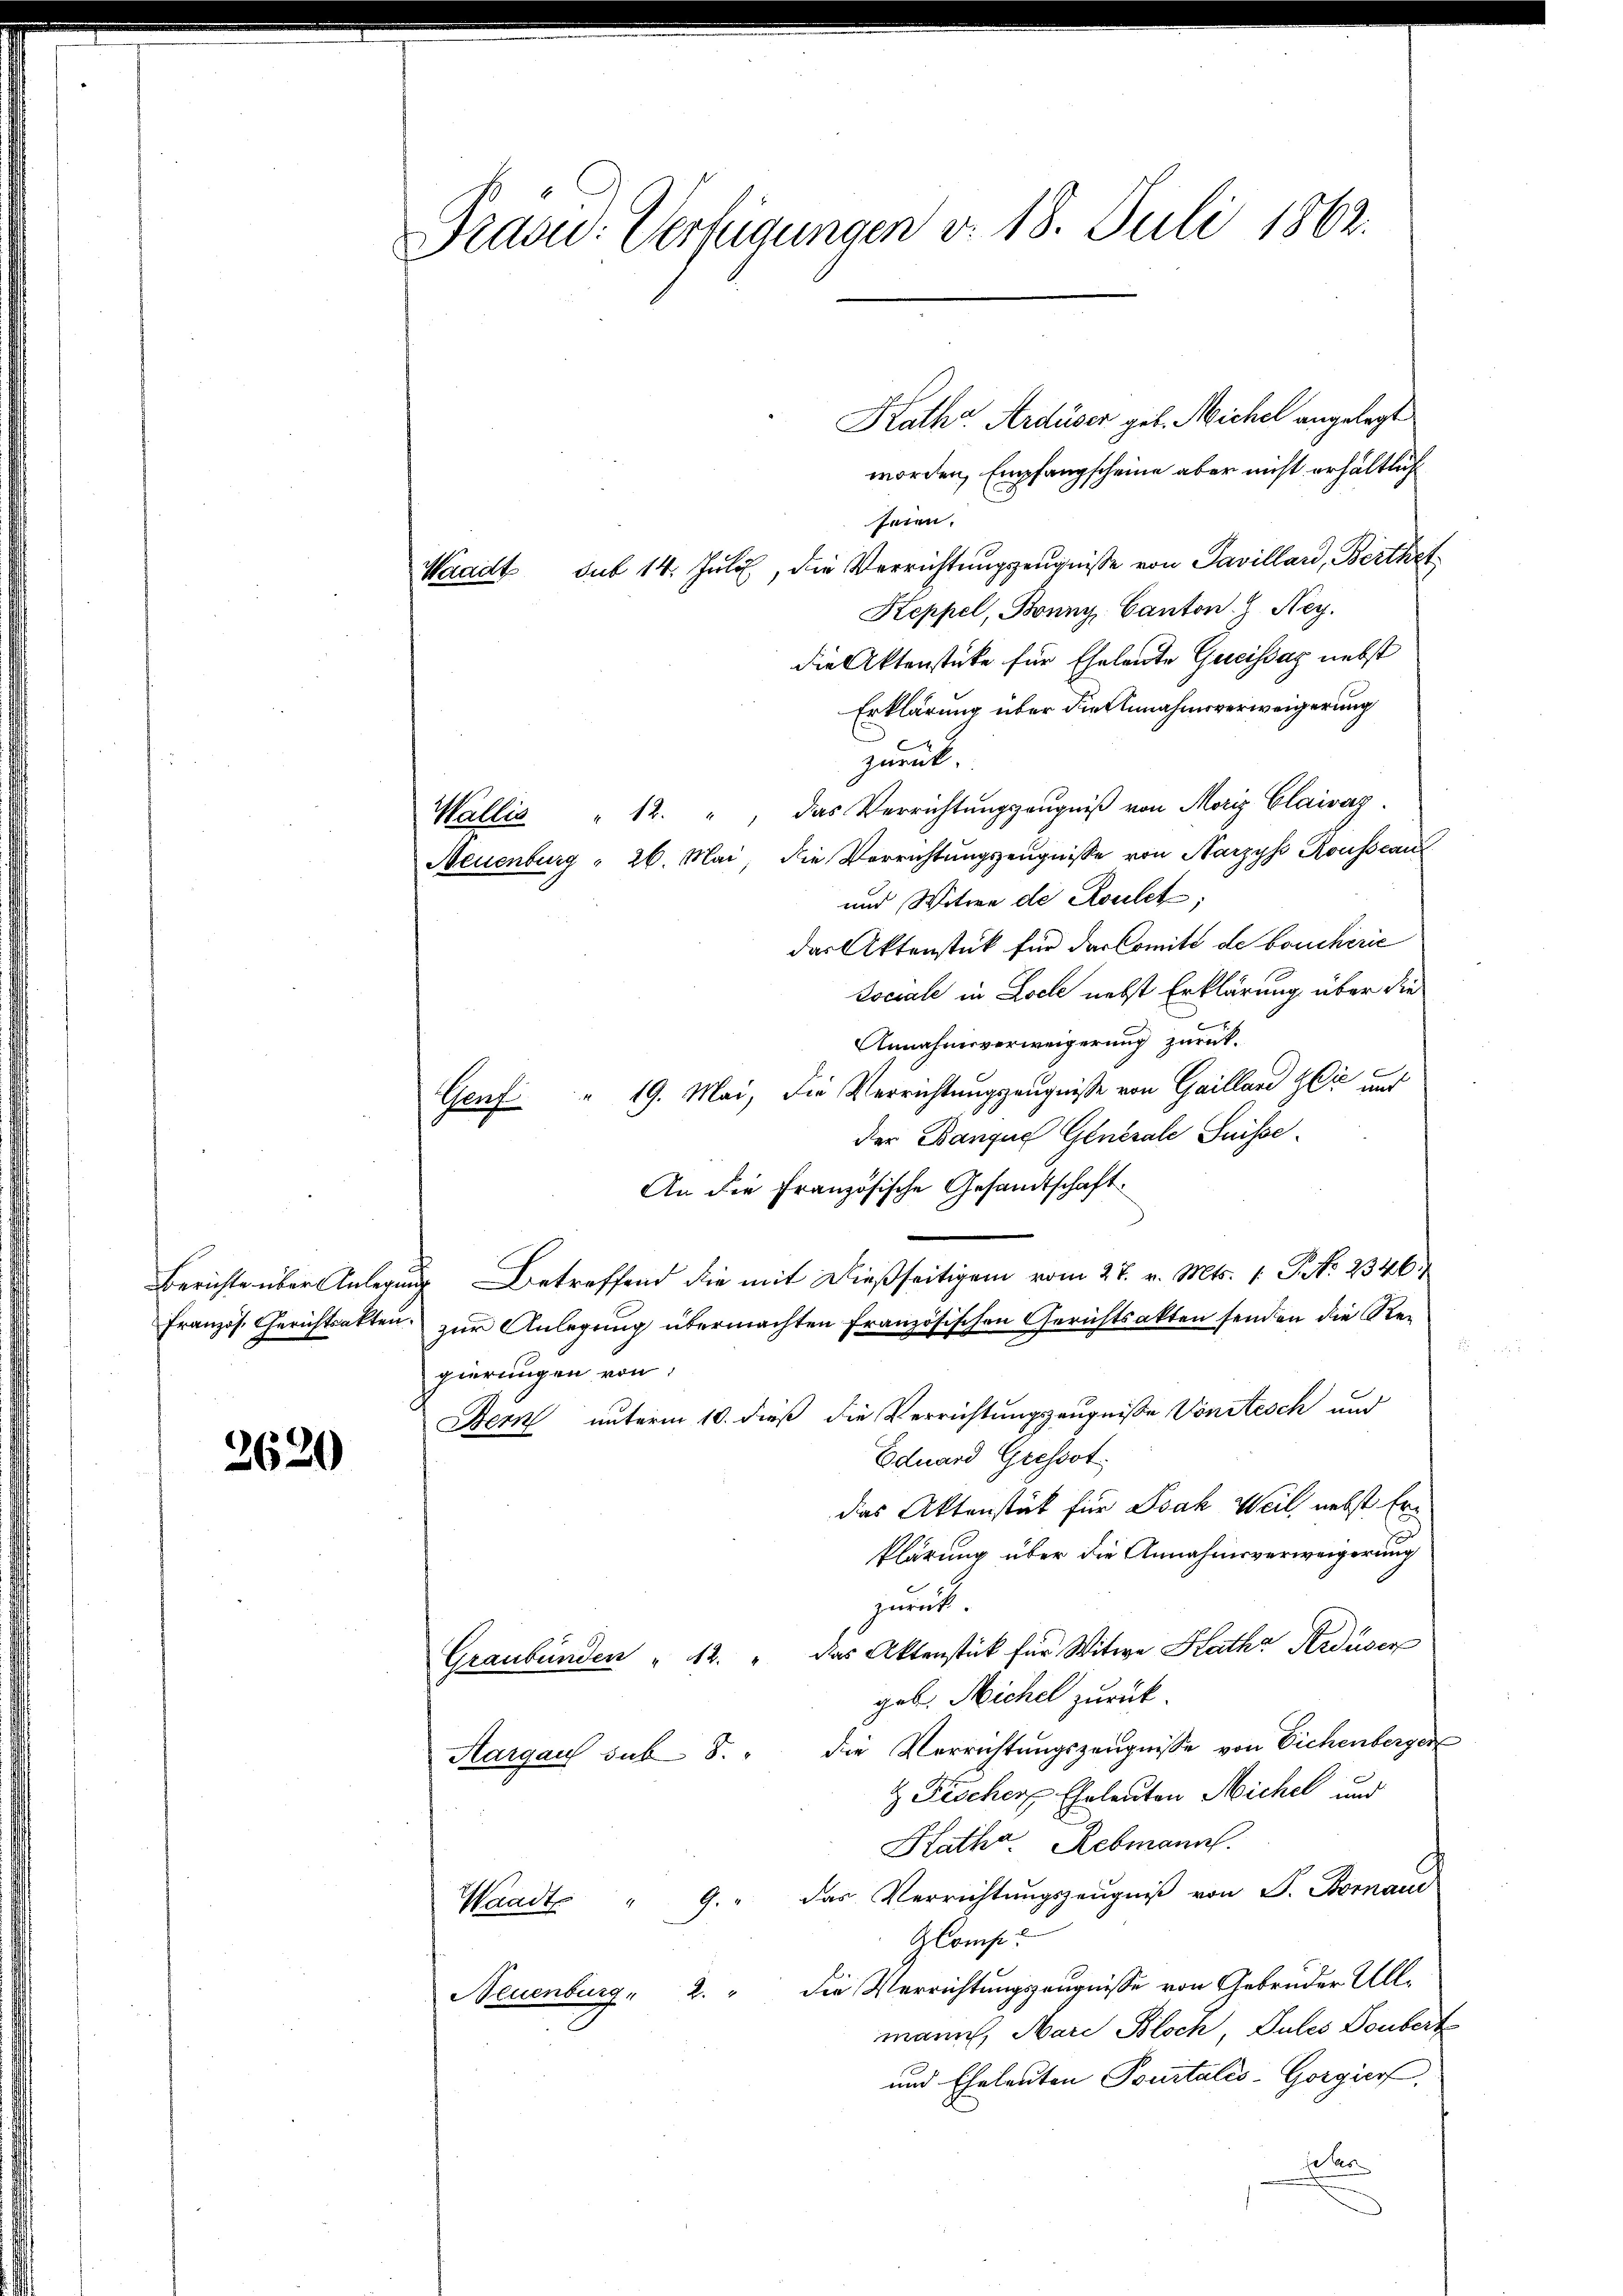
Berichte über Anlegung
Französ. Gerichtsakten.

2620

Praad: Verfügungen v. 18. Juli 1862.

Kath Ardüser geb. Michel angelegt
worden, Empfangscheine aber nicht erhältlich
seien.
Waadt sub 14. Juli, die Verrichtungszeugniße von Savillard, Berthet
Keppel, Bonny, Canton Z Ney.
die Aktenstücke für Eheleute Greistag nebst
Erklärung über die Annahmsverweigerung
zurück,
Wallis " 12. " das Verrichtungszeugniß von Moriz Clairaz.
Neuenburg " 26. Mai, die Verrichtungszeugnisse von Narzys Rousseau
und Witwe de Roulet
das Aktenstück für der Comité de bouchirie
Dociale in Loche nebst Erklärung über die
Annahmsverweigerung zurück.
Genf " 19. Mai, die Verrichtungszeugniße von Gaillard zu und
der Banque Generale Suisse
An die Französische Gesandtschaft.
Betreffend die mit dießseitigen vom 27. v. Mts. 1. P. Nr. 2346
zur Anlegung übermachten Französischen Gerichtsakten senden die Regierungen von
Bern unterm 10. dieß die Verrichtungszeugniße Vorstesch und
Eduard Gressot
das Aktenstät für Isak Weil nebst Erklärung über die Annahmsverweigerung
zurück.
Graubünden " 12. " Das Aktenstück für Witwe Rath Krdüser
gab. Michel zurück.
Aargau sub 8. " die Verrichtungszeugnisse von Eichenberger
z Fischer Eheleuten Michel und
Rathe Rebmann.
Waadt " 9. " das Verrichtŭngszeŭgniβ von P. Bomani
ZCompe
Neuenburg  2. " die Verrichtungszeugnisse von Gebrüder Allmann, Mare Bloch, Jules Doubert
und Eheleuten Tourtalis-Gorgier
eter